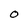
Character: O